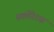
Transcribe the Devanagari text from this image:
स्क्लेरेटस